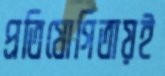
প্রতিযোগিতায়ই